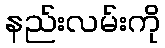
နည်းလမ်းကို